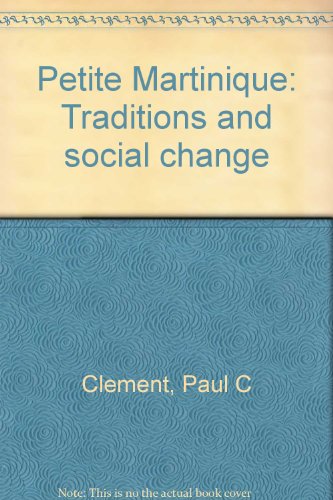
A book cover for Petite Martinique: Traditions and social change; Paul C Clement; Travel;